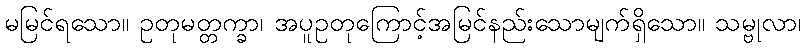
မမြင်ရသော။ ဥတုမတ္တက္ခာ၊ အပူဥတုကြောင့်အမြင်နည်းသောမျက်ရှိသော။ သမ္ဗုလာ၊